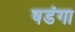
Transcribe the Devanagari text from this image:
षडंगा